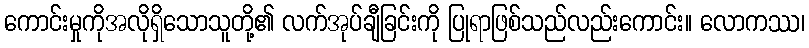
ကောင်းမှုကိုအလိုရှိသောသူတို့၏ လက်အုပ်ချီခြင်းကို ပြုရာဖြစ်သည်လည်းကောင်း။ လောကဿ၊